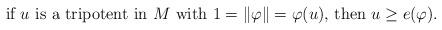
LaTeX: \begin{align*}\hbox{if $u$ is a tripotent in $M$ with $1=\|\varphi\| = \varphi (u)$, then $u \geq e(\varphi)$.}\end{align*}